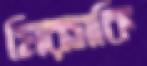
মিরসকি